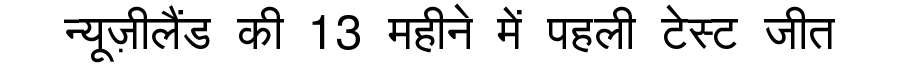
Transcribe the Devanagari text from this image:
न्यूज़ीलैंड की 13 महीने में पहली टेस्ट जीत